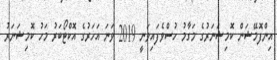
އިންފޮމޭޝަން ކޮމިޝަނަރުގެ މަގާމު ހުސްވެފައިވަނީ 2019 ވަނަ އަހަރުގެ އޮކްޓޯބަރު މަހު ކޮމިޝަނަރު